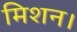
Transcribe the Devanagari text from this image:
मिशन।